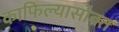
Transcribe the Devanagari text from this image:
काफिल्यासोबत